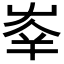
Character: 𡴖